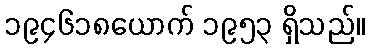
၁၉၄၆၁၈ယောက် ၁၉၅၃ ရှိသည်။